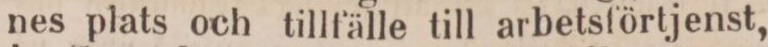
nes plats och tillfälle till arbetsförtjenst,